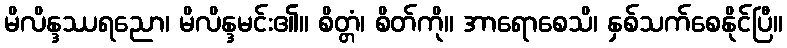
မိလိန္ဒဿရညော၊ မိလိန္ဒမင်း၏။ စိတ္တံ၊ စိတ်ကို။ အာရောစေသိ၊ နှစ်သက်စေနိုင်ပြီ။